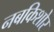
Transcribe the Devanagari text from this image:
नबकिशोर